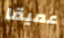
عميقا